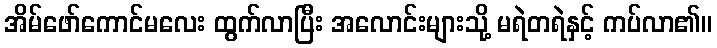
အိမ်ဖော်ကောင်မလေး ထွက်လာပြီး အလောင်းများသို့ မရဲတရဲနှင့် ကပ်လာ၏။